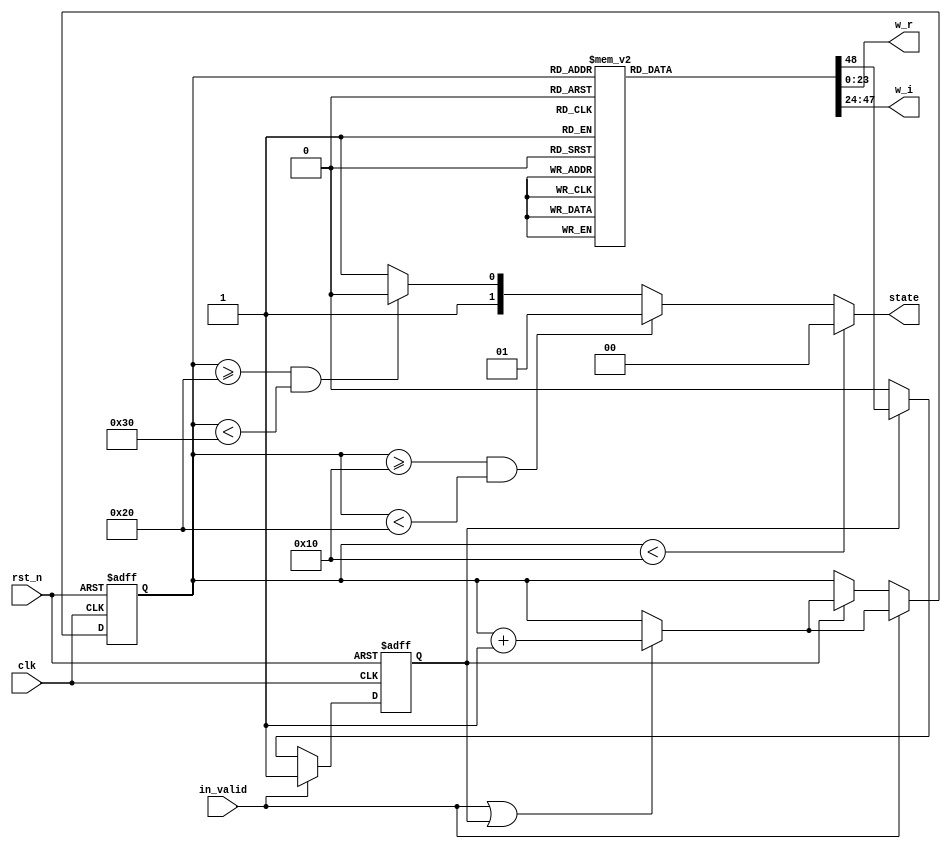
module ROM_16(
input clk,
input in_valid,
input rst_n,
output reg [23:0] w_r,
output reg [23:0] w_i,
output reg[1:0] state
);

reg valid,next_valid;
reg [5:0] count,next_count;
always @(*) begin
    if(in_valid || valid)next_count = count + 1;
    else next_count = count;
    
    if (count<6'd16) 
        state = 2'd0;
    else if (count >= 6'd16 && count < 6'd32)
        state = 2'd1;
    else if (count >= 6'd32 && count < 6'd48)
        state = 2'd2;
    else state = 2'd3;
    case(count)
    6'd32: begin
        w_r = 24'b 00000000_00000001_00000000;
        w_i = 24'b 00000000_00000000_00000000;
        next_valid = 1'b1;
        end
    6'd33: begin
        w_r = 24'b 00000000_00000000_11111011;
        w_i = 24'b 11111111_11111111_11001110;
        next_valid = 1'b1;
        end
    6'd34: begin
        w_r = 24'b 00000000_00000000_11101101;
        w_i = 24'b 11111111_11111111_10011110;
        next_valid = 1'b1;
        end
    6'd35: begin
        w_r = 24'b 00000000_00000000_11010101;
        w_i = 24'b 11111111_11111111_01110010;
        next_valid = 1'b1;
        end
    6'd36: begin
        w_r = 24'b 00000000_00000000_10110101;
        w_i = 24'b 11111111_11111111_01001011;
        next_valid = 1'b1;
        end
    6'd37: begin
        w_r = 24'b 00000000_00000000_10001110;
        w_i = 24'b 11111111_11111111_00101011;
        next_valid = 1'b1;
        end
    6'd38: begin
        w_r = 24'b 00000000_00000000_01100010;
        w_i = 24'b 11111111_11111111_00010011;
        next_valid = 1'b1;
        end
    6'd39: begin
        w_r = 24'b 00000000_00000000_00110010;
        w_i = 24'b 11111111_11111111_00000101;
        next_valid = 1'b1;
        end
    6'd40: begin
        w_r = 24'b 00000000_00000000_00000000;
        w_i = 24'b 11111111_11111111_00000000;
        next_valid = 1'b1;
        end
    6'd41: begin
        w_r = 24'b 11111111_11111111_11001110;
        w_i = 24'b 11111111_11111111_00000101;
        next_valid = 1'b1;
        end
    6'd42: begin
        w_r = 24'b 11111111_11111111_10011110;
        w_i = 24'b 11111111_11111111_00010011;
        next_valid = 1'b1;
        end
    6'd43: begin
        w_r = 24'b 11111111_11111111_01110010;
        w_i = 24'b 11111111_11111111_00101011;
        next_valid = 1'b1;
        end
    6'd44: begin
        w_r = 24'b 11111111_11111111_01001011;
        w_i = 24'b 11111111_11111111_01001011;
        next_valid = 1'b1;
        end
    6'd45: begin
        w_r = 24'b 11111111_11111111_00101011;
        w_i = 24'b 11111111_11111111_01110010;
        next_valid = 1'b1;
        end
    6'd46: begin
        w_r = 24'b 11111111_11111111_00010011;
        w_i = 24'b 11111111_11111111_10011110;
        next_valid = 1'b1;
        end
    6'd47: begin
        w_r = 24'b 11111111_11111111_00000101;
        w_i = 24'b 11111111_11111111_11001110;
        next_valid = 1'b0;
        end
    default: begin
        w_r = 24'b 00000000_00000001_00000000;
        w_i = 24'b 00000000_00000000_00000000;
        next_valid = 1'b1;
        end
    endcase
end

always@(posedge clk or negedge rst_n)begin
    if(~rst_n)begin
        count <= 0;
        valid <= 0;
    end
    else if(in_valid)
    begin
        count <= next_count;
        valid <= in_valid;
    end
    else if (valid)
    begin
        count <= next_count;
        valid <= next_valid;
    end
end
endmodule